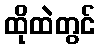
ထိုထဲတွင်